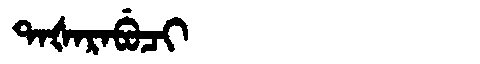
Manchu: ᡨᠠᡧᠠᡵᠠᠪᡠᠴᡳ
Romanization: TAŠARABUCI